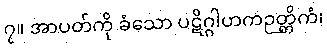
၇။ အာပတ်ကို ခံသော ပဋိဂ္ဂါဟကဉတ္တိကံ၊